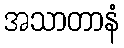
အသာတာနံ